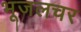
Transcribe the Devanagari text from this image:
भूजलचर